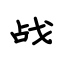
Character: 战